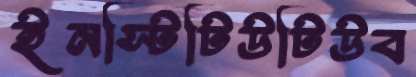
ইনস্টিটিউটিউব